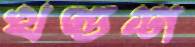
খণ্ডশ